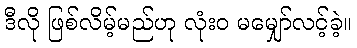
ဒီလို ဖြစ်လိမ့်မည်ဟု လုံးဝ မမျှော်လင့်ခဲ့။